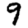
Digit: 9